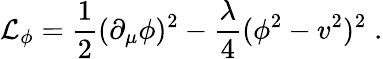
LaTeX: {\cal{L}}_{\phi}=\frac{1}{2}(\partial_{\mu}\phi)^{2}-\frac{\lambda}{4}(\phi^{2}-v^{2})^{2}\; .